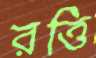
রত্তি